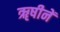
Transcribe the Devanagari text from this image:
ॠषीनें